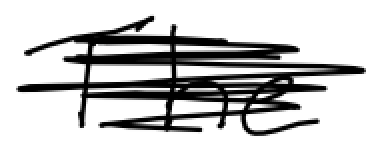
Text: The
Cross-out: scratch
Writing tool: digital_black